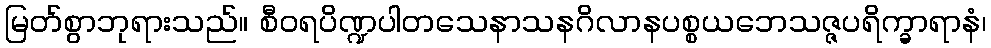
မြတ်စွာဘုရားသည်။ စီဝရပိဏ္ဍပါတသေနာသနဂိလာနပစ္စယဘေသဇ္ဇပရိက္ခာရာနံ၊